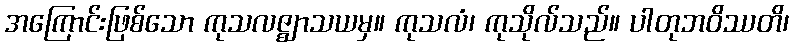
အကြောင်းဖြစ်သော ကုသလဇ္ဈာသယမှ။ ကုသလံ၊ ကုသိုလ်သည်။ ပါတုဘဝိဿတိ၊